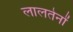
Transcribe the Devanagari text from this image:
लालतेनों